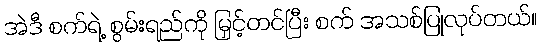
အဲဒီ စက်ရဲ့ စွမ်းရည်ကို မြှင့်တင်ပြီး စက် အသစ်ပြုလုပ်တယ်။